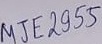
Text: MJE2955